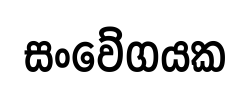
සංවේගයක